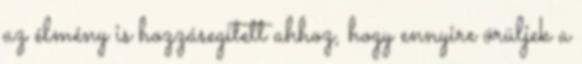
az élmény is hozzásegített ahhoz, hogy ennyire örüljek a